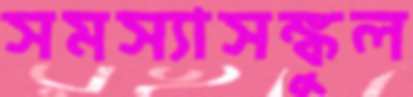
সমস্যাসঙ্কুল